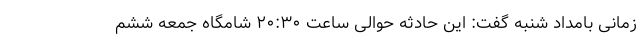
زمانی بامداد شنبه گفت: این حادثه حوالی ساعت ۲۰:۳۰ شامگاه جمعه ششم